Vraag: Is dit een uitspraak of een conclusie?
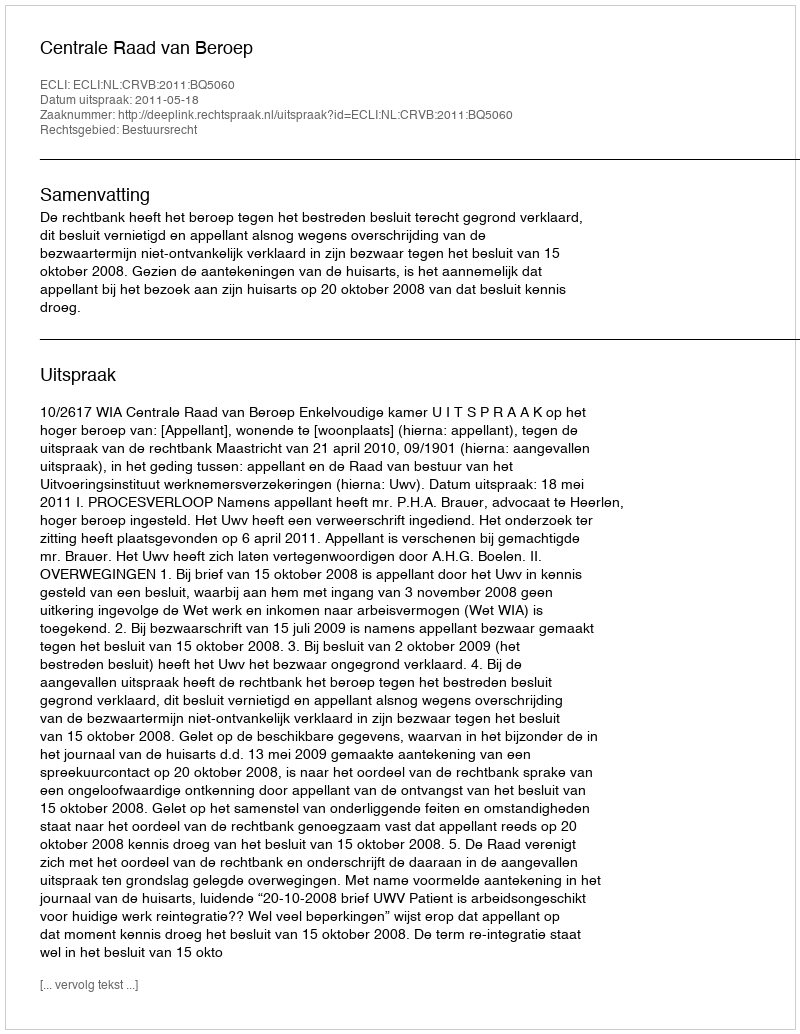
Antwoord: Uitspraak